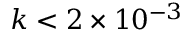
k < 2 \times 1 0 ^ { - 3 }